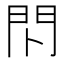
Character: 𰿗